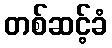
တစ်ဆင့်ခံ